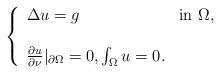
LaTeX: \begin{align*}\left\{ \begin{array}{ll}\Delta u= g & \textrm{in $\Omega,$}\\\\{\frac{\partial u}{\partial\nu}}|_{\partial \Omega}=0, \int_{\Omega}u=0.\\\end{array} \right.\end{align*}